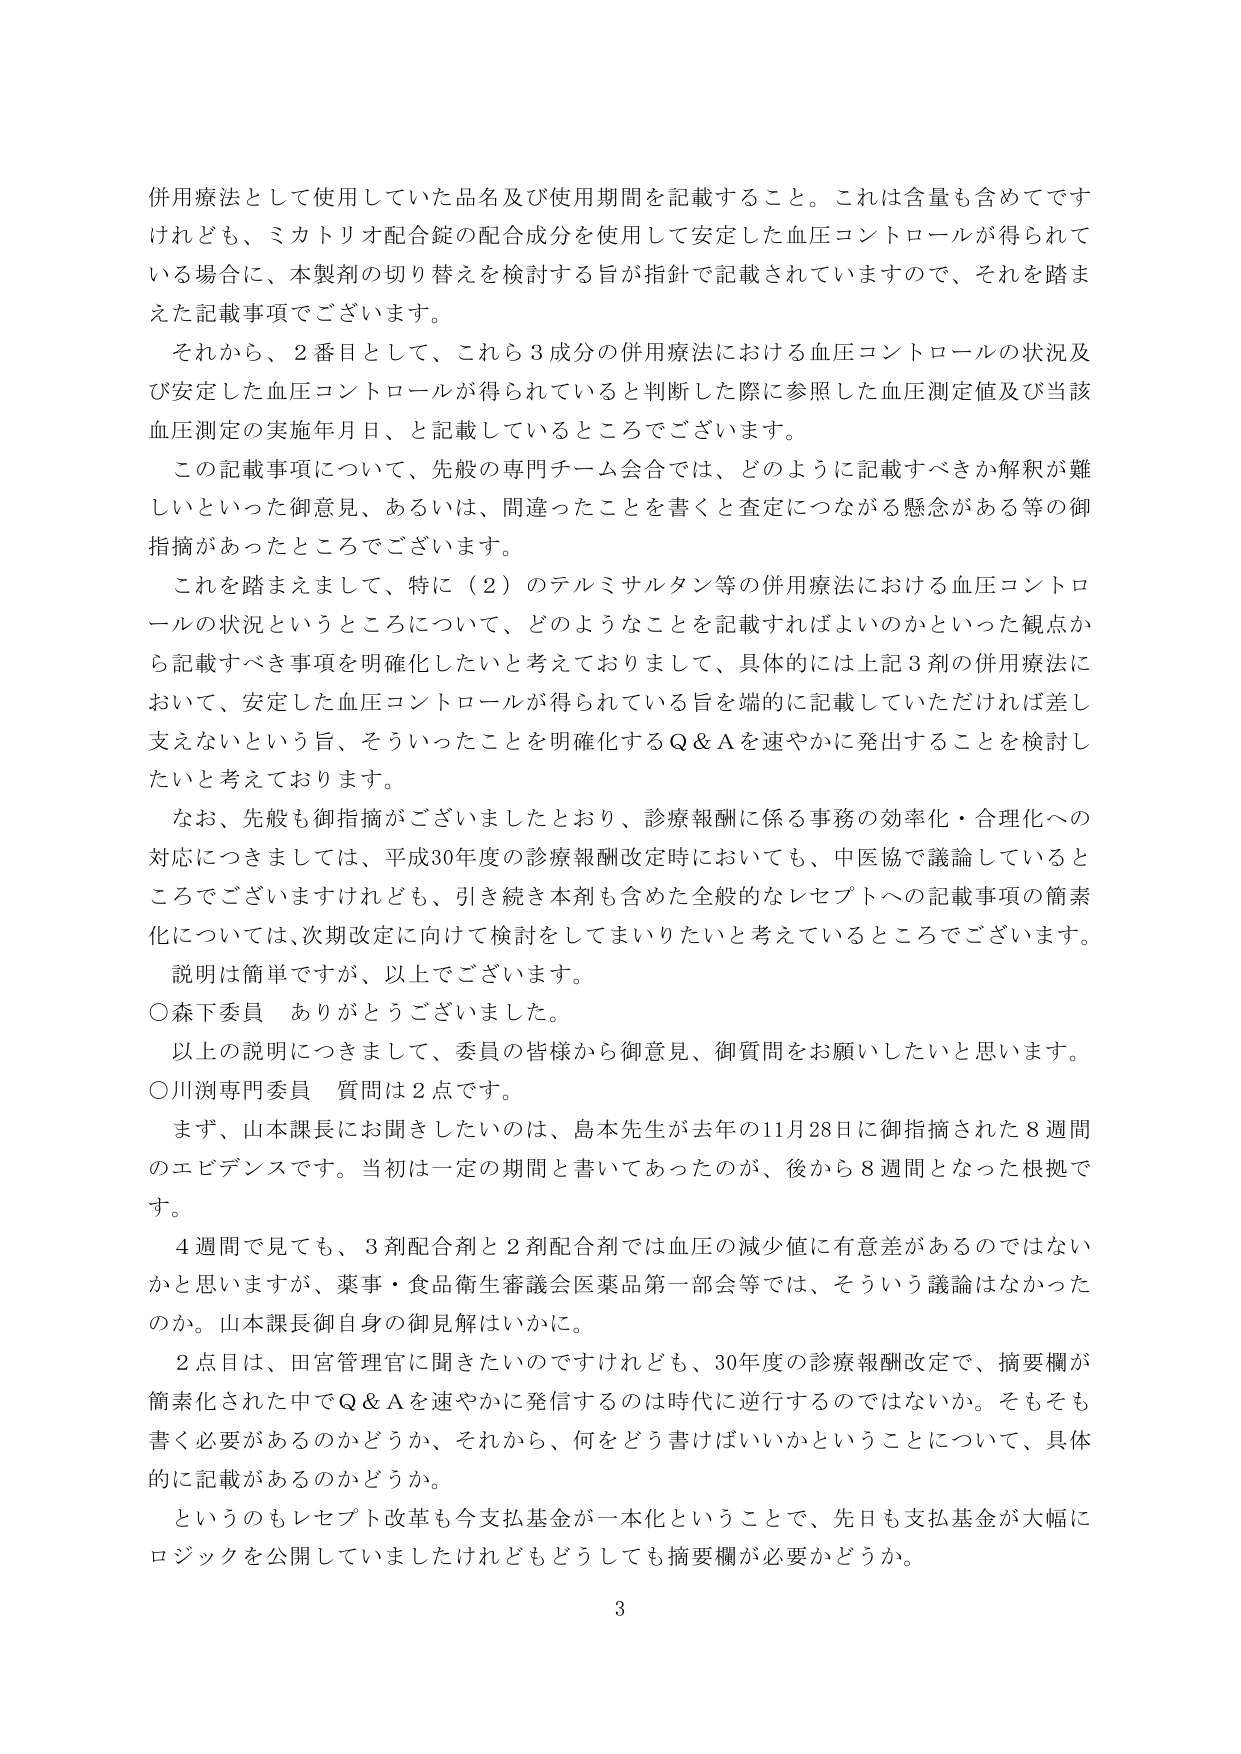
併用療法として使用していた品名及び使用期間を記載すること。これは含量も含めてです
けれども、ミカトリオ配合錠の配合成分を使用して安定した血圧コントロールが得られて
いる場合に、本製剤の切り替えを検討する旨が指針で記載されていますので、それを踏ま
えた記載事項でございます。
それから、2番目として、これら3成分の併用療法における血圧コントロールの状況及
び安定した血圧コントロールが得られていると判断した際に参照した血圧測定値及び当該
血圧測定の実施年月日、と記載しているところでございます。
この記載事項について、先般の専門チーム会合では、どのように記載すべきか解釈が難
しいといった御意見、あるいは、間違ったことを書くと査定につながる懸念がある等の御
指摘があったところでございます。
これを踏まえまして、特に（2）のテルミサルタン等の併用療法における血圧コントロ
ールの状況というところについて、どのようなことを記載すればよいのかといった観点か
ら記載すべき事項を明確化したいと考えておりまして、具体的には上記3剤の併用療法に
おいて、安定した血圧コントロールが得られている旨を端的に記載していただければ差し
支えないという旨、そういったことを明確化するQ＆Aを速やかに発出することを検討し
たいと考えております。
なお、先般も御指摘がございましたとおり、診療報酬に係る事務の効率化・合理化への
対応につきましては、平成30年度の診療報酬改定時においても、中医協で議論していると
ころでございますけれども、引き続き本剤も含めた全般的なレセプトへの記載事項の簡素
化については、次期改定に向けて検討をしてまいりたいと考えているところでございます。
説明は簡単ですが、以上でございます。
○森下委員　ありがとうございました。
以上の説明につきまして、委員の皆様から御意見、御質問をお願いしたいと思います。
○川渕専門委員　質問は2点です。
まず、山本課長にお聞きしたいのは、島本先生が去年の11月28日に御指摘された8週間
のエビデンスです。当初は一定の期間と書いてあったのが、後から8週間となった根拠で
す。
4週間で見ても、3剤配合剤と2剤配合剤では血圧の減少値に有意差があるのではない
かと思いますが、薬事・食品衛生審議会医薬品第一部会等では、そういう議論はなかった
のか。山本課長御自身の御見解はいかに。
2点目は、田宮管理官に聞きたいのですけれども、30年度の診療報酬改定で、摘要欄が
簡素化された中でQ＆Aを速やかに発信するのは時代に逆行するのではないか。そもそも
書く必要があるのかどうか、それから、何をどう書けばいいかということについて、具体
的に記載があるのかどうか。
というのもレセプト改革も今支払基金が一本化ということで、先日も支払基金が大幅に
ロジックを公開していましたけれどもどうしても摘要欄が必要かどうか。

3